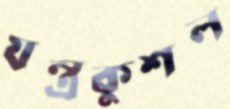
যন্ত্রকুশল